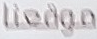
موقعنا